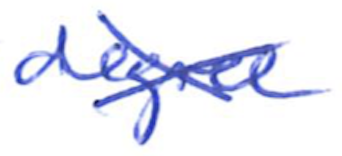
Text: degree
Cross-out: cross
Writing tool: ballpoint